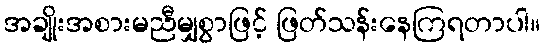
အချိုးအစားမညီမျှစွာဖြင့် ဖြတ်သန်းနေကြရတာပါ။